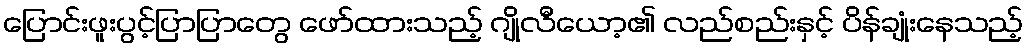
ပြောင်းဖူးပွင့်ပြာပြာတွေ ဖော်ထားသည့် ဂျိုလီယော့၏ လည်စည်းနှင့် ပိန်ချုံးနေသည့်